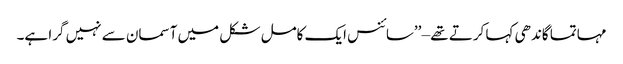
مہاتما گاندھی کہا کرتے تھے – ’’سائنس ایک کامل شکل میں آسمان سے نہیں گرا ہے۔